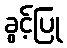
ခွင့်ပြု